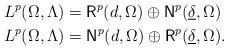
LaTeX: \begin{align*} L^p(\Omega, \Lambda) &= {\rm{\sf R}}^p(d,\Omega)\oplus {\rm{\sf N}}^p(\underline{\delta},\Omega) \qquad \\L^p(\Omega, \Lambda) &={\rm{\sf N}}^p(d,\Omega)\oplus {\rm{\sf R}}^p(\underline{\delta},\Omega) .\end{align*}